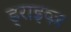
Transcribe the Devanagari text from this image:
ड्राइव्ज़